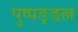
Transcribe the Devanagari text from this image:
पुष्पङ्ङल्ल